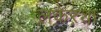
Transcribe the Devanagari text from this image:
लकेऱ्या